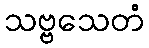
သဗ္ဗသေတံ